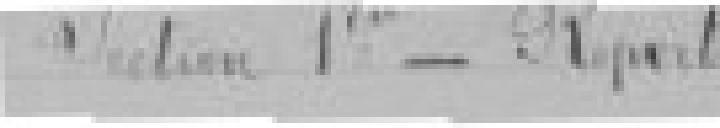
Section 1ère   - Report